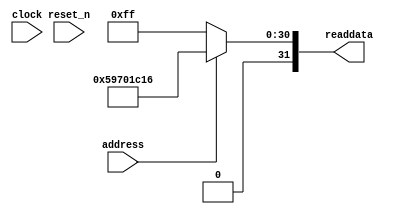
module soc_design_SystemID_5 (
                address,
                clock,
                reset_n,
                readdata
             )
;
  output  [ 31: 0] readdata;
  input            address;
  input            clock;
  input            reset_n;
  wire    [ 31: 0] readdata;
  assign readdata = address ? 1500519446 : 255;
endmodule